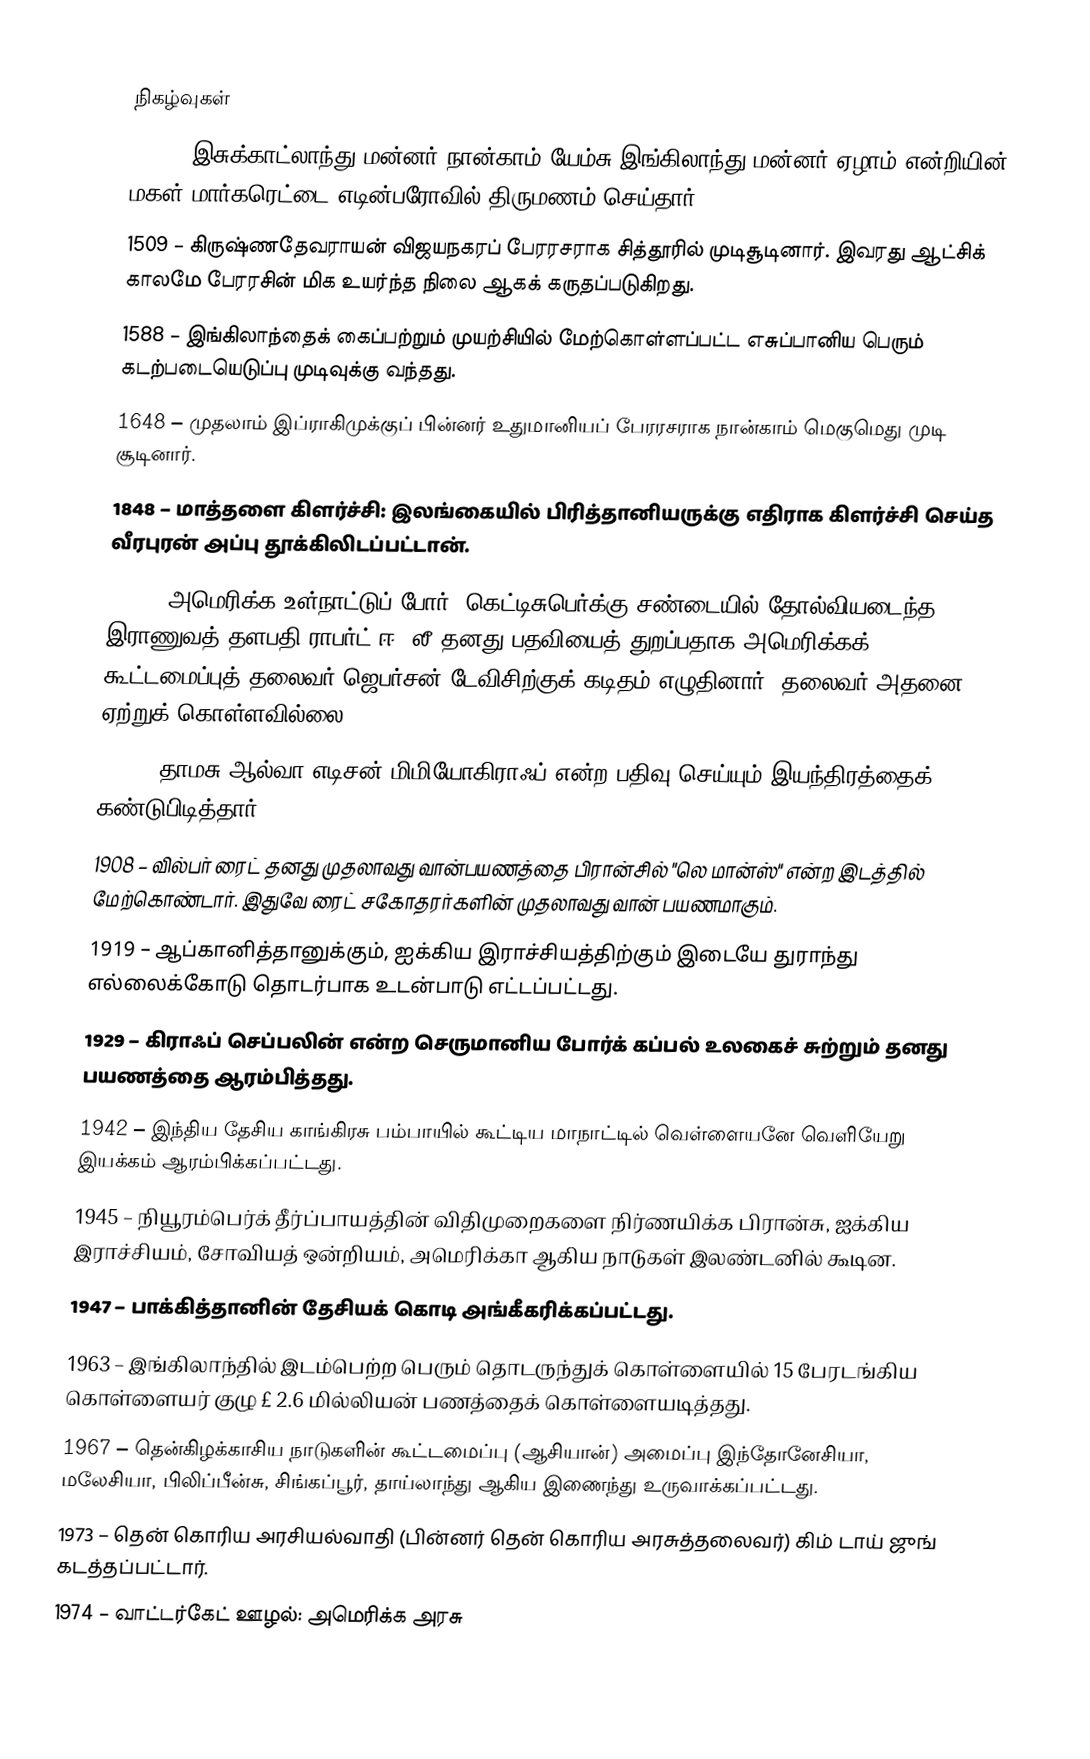

நிகழ்வுகள்
1503 – இசுக்காட்லாந்து மன்னர் நான்காம் யேம்சு இங்கிலாந்து மன்னர் ஏழாம் என்றியின் மகள் மார்கரெட்டை எடின்பரோவில் திருமணம் செய்தார்.
1509 – கிருஷ்ணதேவராயன் விஜயநகரப் பேரரசராக சித்தூரில் முடிசூடினார். இவரது ஆட்சிக் காலமே பேரரசின் மிக உயர்ந்த நிலை ஆகக் கருதப்படுகிறது.
1588 – இங்கிலாந்தைக் கைப்பற்றும் முயற்சியில் மேற்கொள்ளப்பட்ட எசுப்பானிய பெரும் கடற்படையெடுப்பு முடிவுக்கு வந்தது.
1648 –  முதலாம் இப்ராகிமுக்குப் பின்னர் உதுமானியப் பேரரசராக நான்காம் மெகுமெது முடி சூடினார்.
1848 – மாத்தளை கிளர்ச்சி: இலங்கையில் பிரித்தானியருக்கு எதிராக கிளர்ச்சி செய்த வீரபுரன் அப்பு தூக்கிலிடப்பட்டான்.
1863 – அமெரிக்க உள்நாட்டுப் போர்: கெட்டிசுபெர்க்கு சண்டையில் தோல்வியடைந்த இராணுவத் தளபதி ராபர்ட் ஈ. லீ தனது பதவியைத் துறப்பதாக அமெரிக்கக் கூட்டமைப்புத் தலைவர் ஜெபர்சன் டேவிசிற்குக் கடிதம் எழுதினார். தலைவர் அதனை ஏற்றுக் கொள்ளவில்லை.
1876 – தாமசு ஆல்வா எடிசன் மிமியோகிராஃப் என்ற பதிவு செய்யும் இயந்திரத்தைக் கண்டுபிடித்தார்.
1908 – வில்பர் ரைட் தனது முதலாவது வான்பயணத்தை பிரான்சில் "லெ மான்ஸ்" என்ற இடத்தில் மேற்கொண்டார். இதுவே ரைட் சகோதரர்களின் முதலாவது வான் பயணமாகும்.
1919 – ஆப்கானித்தானுக்கும், ஐக்கிய இராச்சியத்திற்கும் இடையே துராந்து எல்லைக்கோடு தொடர்பாக உடன்பாடு எட்டப்பட்டது.
1929 – கிராஃப் செப்பலின் என்ற செருமானிய போர்க் கப்பல் உலகைச் சுற்றும் தனது பயணத்தை ஆரம்பித்தது.
1942 – இந்திய தேசிய காங்கிரசு பம்பாயில் கூட்டிய மாநாட்டில் வெள்ளையனே வெளியேறு இயக்கம் ஆரம்பிக்கப்பட்டது.
1945 – நியூரம்பெர்க் தீர்ப்பாயத்தின் விதிமுறைகளை நிர்ணயிக்க பிரான்சு, ஐக்கிய இராச்சியம், சோவியத் ஒன்றியம், அமெரிக்கா ஆகிய நாடுகள் இலண்டனில் கூடின.
1947 – பாக்கித்தானின் தேசியக் கொடி அங்கீகரிக்கப்பட்டது.
1963 – இங்கிலாந்தில் இடம்பெற்ற பெரும் தொடருந்துக் கொள்ளையில் 15 பேரடங்கிய கொள்ளையர் குழு £ 2.6 மில்லியன் பணத்தைக் கொள்ளையடித்தது.
1967 – தென்கிழக்காசிய நாடுகளின் கூட்டமைப்பு (ஆசியான்) அமைப்பு இந்தோனேசியா, மலேசியா, பிலிப்பீன்சு, சிங்கப்பூர், தாய்லாந்து ஆகிய இணைந்து உருவாக்கப்பட்டது.
1973 – தென் கொரிய அரசியல்வாதி (பின்னர் தென் கொரிய அரசுத்தலைவர்) கிம் டாய் ஜுங் கடத்தப்பட்டார்.
1974 – வாட்டர்கேட் ஊழல்: அமெரிக்க அரசு